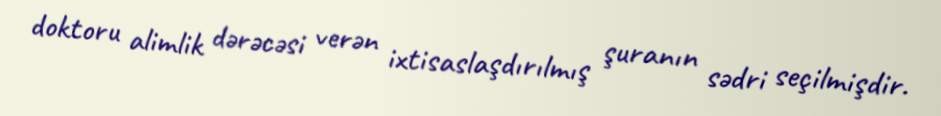
doktoru alimlik dərəcəsi verən ixtisaslaşdırılmış şuranın sədri seçilmişdir.